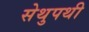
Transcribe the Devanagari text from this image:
सेथुपथी